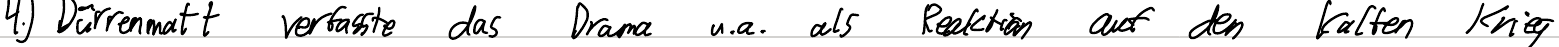
4.) Dürrenmatt verfasste das Drama u.a. als Reaktion auf den Kalten Krieg